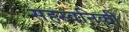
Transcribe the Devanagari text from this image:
सहस्वनिकी